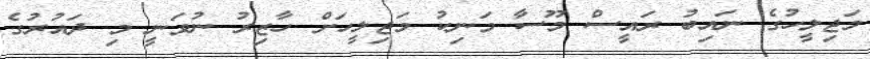
މަޖިލީހުގެ ނައިބު ރައީސް މޫސާ މަނިކު މަޖިލީހަށް ހާޒިރު ނުވަނީ މި ދައުރުގެ